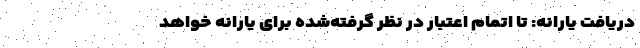
دریافت یارانه: تا اتمام اعتبار در نظر گرفته‌شده برای یارانه خواهد